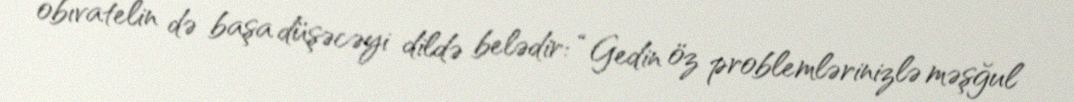
obıvatelin də başa düşəcəyi dildə belədir: “Gedin öz problemlərinizlə məşğul